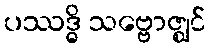
ပဿဒ္ဓိ သဗ္ဗောဇ္ဈင်